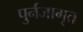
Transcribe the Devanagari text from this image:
पुर्नजागृत